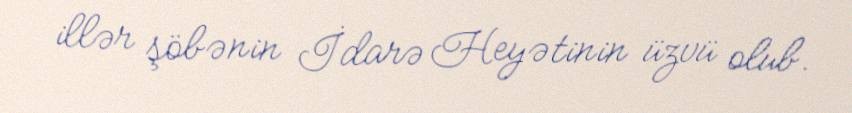
illər şöbənin İdarə Heyətinin üzvü olub.